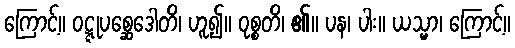
ကြောင့်။ ဝဋ္ဋုပစ္ဆေဒေါတိ၊ ဟူ၍။ ဝုစ္စတိ၊ ၏။ ပန၊ ပါး။ ယသ္မာ၊ ကြောင့်။